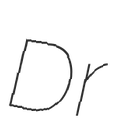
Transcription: Dr